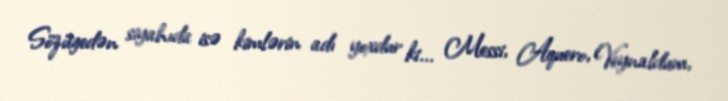
Sözügedən siyahıda isə kimlərin adı yoxdur ki... Messi, Aquero, Veynaldum,